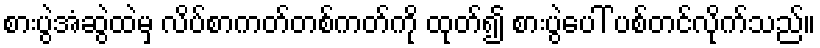
စားပွဲအံဆွဲထဲမှ လိပ်စာကတ်တစ်ကတ်ကို ထုတ်၍ စားပွဲပေါ် ပစ်တင်လိုက်သည်။